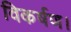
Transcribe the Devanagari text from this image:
विकर्षण।